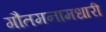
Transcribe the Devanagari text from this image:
गौतमनामधारी